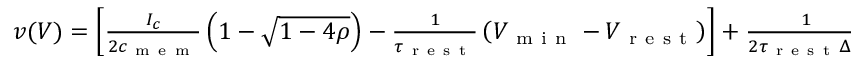
\begin{array} { r } { v ( V ) = \left[ \frac { I _ { c } } { 2 c _ { \mathrm { ~ m ~ e ~ m ~ } } } \left( 1 - \sqrt { 1 - 4 \rho } \right) - \frac { 1 } { \tau _ { \mathrm { ~ r ~ e ~ s ~ t ~ } } } \left( V _ { \mathrm { ~ m ~ i ~ n ~ } } - V _ { \mathrm { ~ r ~ e ~ s ~ t ~ } } \right) \right] + \frac { 1 } { 2 \tau _ { \mathrm { ~ r ~ e ~ s ~ t ~ } } \Delta V } \sqrt { 1 - 4 \rho } \left( V - V _ { \mathrm { ~ m ~ i ~ n ~ } } \right) ^ { 2 } + \mathcal { O } \left( \left( V - V _ { \mathrm { ~ m ~ i ~ n ~ } } \right) ^ { 3 } \right) , } \end{array}